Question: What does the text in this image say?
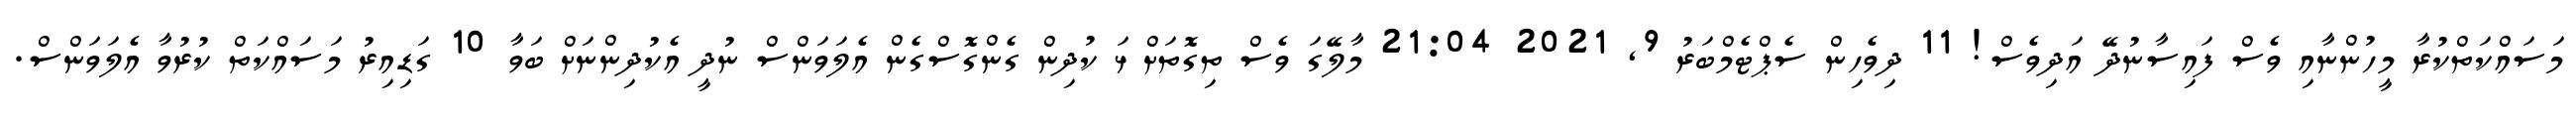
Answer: މަސައްކަތްކުރާ މީހުންނާއި ވެސް ފައިސާނުދޭ އަދިވެސް! 11 ދިވެހިން ސެޕްޓެމްބަރު 9, 2021 21:04 މާލޭގަ ވެސް ތިގޮތަށް ޅަ ކުދިން ގެންގޮސްގެން އެލަވަންސް ނުދީ އެކުދިންނަށް ބަވާ 10 ގަޑިއިރު މަސައްކަތް ކުރުވާ އެލަވަންސް.